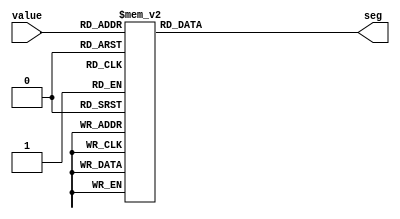
// ECE 6370
// 0-F seven segment display module

`timescale 1ns/1ns

module _sevenseg_(value,seg);
	
	//input valid;
	input [3:0] value;
	output [6:0] seg;
	reg [6:0] seg;
	
	always@(value)
		begin
			//if(valid==1'b1)
				//begin
					case(value)
			
				4'b0000: //display '0'
					begin
						seg=7'b1000000;
					end	
				
				4'b0001://display '1' 
					begin
						seg=7'b1111001;
					end
			
				4'b0010: //display '2'
					begin
						seg=7'b0100100;
					end
			
				4'b0011: //display '3'
					begin
						seg=7'b0110000;
					end
				
				4'b0100: //display '4'
					begin
						seg=7'b0011001;
					end
			
				4'b0101: //display '5'
					begin
					seg=7'b0010010;
					end
			
				4'b0110: //display '6'
					begin
						seg=7'b0000010;
					end
			
				4'b0111: //display '7'
					begin
						seg=7'b1111000;
					end
			
				4'b1000: //display '8'
					begin
						seg=7'b0000000;
					end
					
				4'b1001: //display '9'
					begin
						seg=7'b0011000;
					end
			
				4'b1010: //display 'A'
					begin
						seg=7'b0001000;
					end
			
				4'b1011: //display 'B'
					begin
						seg=7'b0000011;
					end
			
				4'b1100: //display 'C'
					begin
						seg=7'b1000110;
					end
				
				4'b1101: //display 'D';
					begin
						seg=7'b0100001;
					end
				
				4'b1110: //display 'E'
					begin
						seg=7'b0000110;
					end
				
				4'b1111: //display 'F'
					begin
						seg=7'b0001110;
					end
				
				default:
					begin
						seg=7'b1000000;
					end
				
			endcase
			//end
			
		end

endmodule